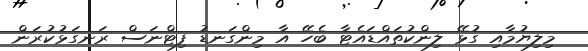
މިލިޔުމާއި ގުޅޭ ލިންކުތައްޑައެޓާ ބެހޭ އާ މިންގަނޑު ފިޓްނަސް ރަނގަޅުކުރަން